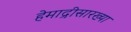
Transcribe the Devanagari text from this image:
हेमाद्रीसारख्या